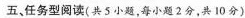
五、任务型阅读(共5小题,每小题2分,共 10分)